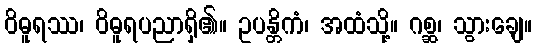
ဝိဓူရဿ၊ ဝိဓူရပညာရှိ၏။ ဥပန္တိကံ၊ အထံသို့။ ဂစ္ဆ၊ သွားချေ။